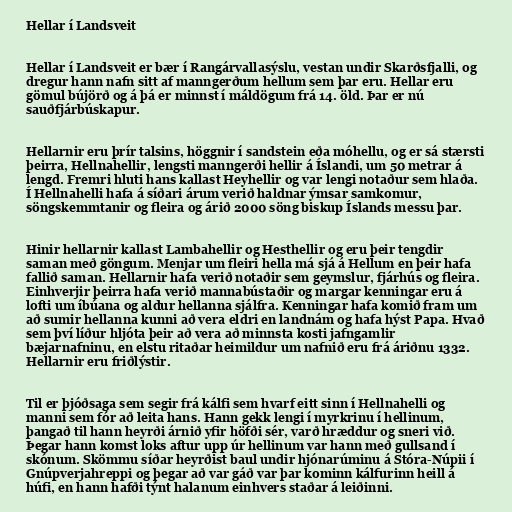
Hellar í Landsveit

Hellar í Landsveit er bær í Rangárvallasýslu, vestan undir Skarðsfjalli, og
dregur hann nafn sitt af manngerðum hellum sem þar eru. Hellar eru
gömul bújörð og á þá er minnst í máldögum frá 14. öld. Þar er nú
sauðfjárbúskapur.

Hellarnir eru þrír talsins, höggnir í sandstein eða móhellu, og er sá stærsti
þeirra, Hellnahellir, lengsti manngerði hellir á Íslandi, um 50 metrar á
lengd. Fremri hluti hans kallast Heyhellir og var lengi notaður sem hlaða.
Í Hellnahelli hafa á síðari árum verið haldnar ýmsar samkomur,
söngskemmtanir og fleira og árið 2000 söng biskup Íslands messu þar.

Hinir hellarnir kallast Lambahellir og Hesthellir og eru þeir tengdir
saman með göngum. Menjar um fleiri hella má sjá á Hellum en þeir hafa
fallið saman. Hellarnir hafa verið notaðir sem geymslur, fjárhús og fleira.
Einhverjir þeirra hafa verið mannabústaðir og margar kenningar eru á
lofti um íbúana og aldur hellanna sjálfra. Kenningar hafa komið fram um
að sumir hellanna kunni að vera eldri en landnám og hafa hýst Papa. Hvað
sem því líður hljóta þeir að vera að minnsta kosti jafngamlir
bæjarnafninu, en elstu ritaðar heimildur um nafnið eru frá áriðnu 1332.
Hellarnir eru friðlýstir.

Til er þjóðsaga sem segir frá kálfi sem hvarf eitt sinn í Hellnahelli og
manni sem fór að leita hans. Hann gekk lengi í myrkrinu í hellinum,
þangað til hann heyrði árnið yfir höfði sér, varð hræddur og sneri við.
Þegar hann komst loks aftur upp úr hellinum var hann með gullsand í
skónum. Skömmu síðar heyrðist baul undir hjónarúminu á Stóra-Núpii í
Gnúpverjahreppi og þegar að var gáð var þar kominn kálfurinn heill á
húfi, en hann hafði týnt halanum einhvers staðar á leiðinni.